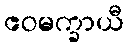
ဧဝမက္ခာယီ